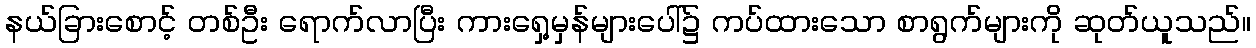
နယ်ခြားစောင့် တစ်ဦး ရောက်လာပြီး ကားရှေ့မှန်များပေါ်၌ ကပ်ထားသော စာရွက်များကို ဆုတ်ယူသည်။